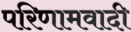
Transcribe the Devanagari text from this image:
परिणामवादी